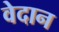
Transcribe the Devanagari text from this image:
वेदान